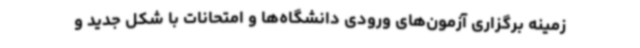
زمینه برگزاری آزمون‌های ورودی دانشگاه‌ها و امتحانات با شکل جدید و